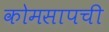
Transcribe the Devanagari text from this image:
कोमसापची